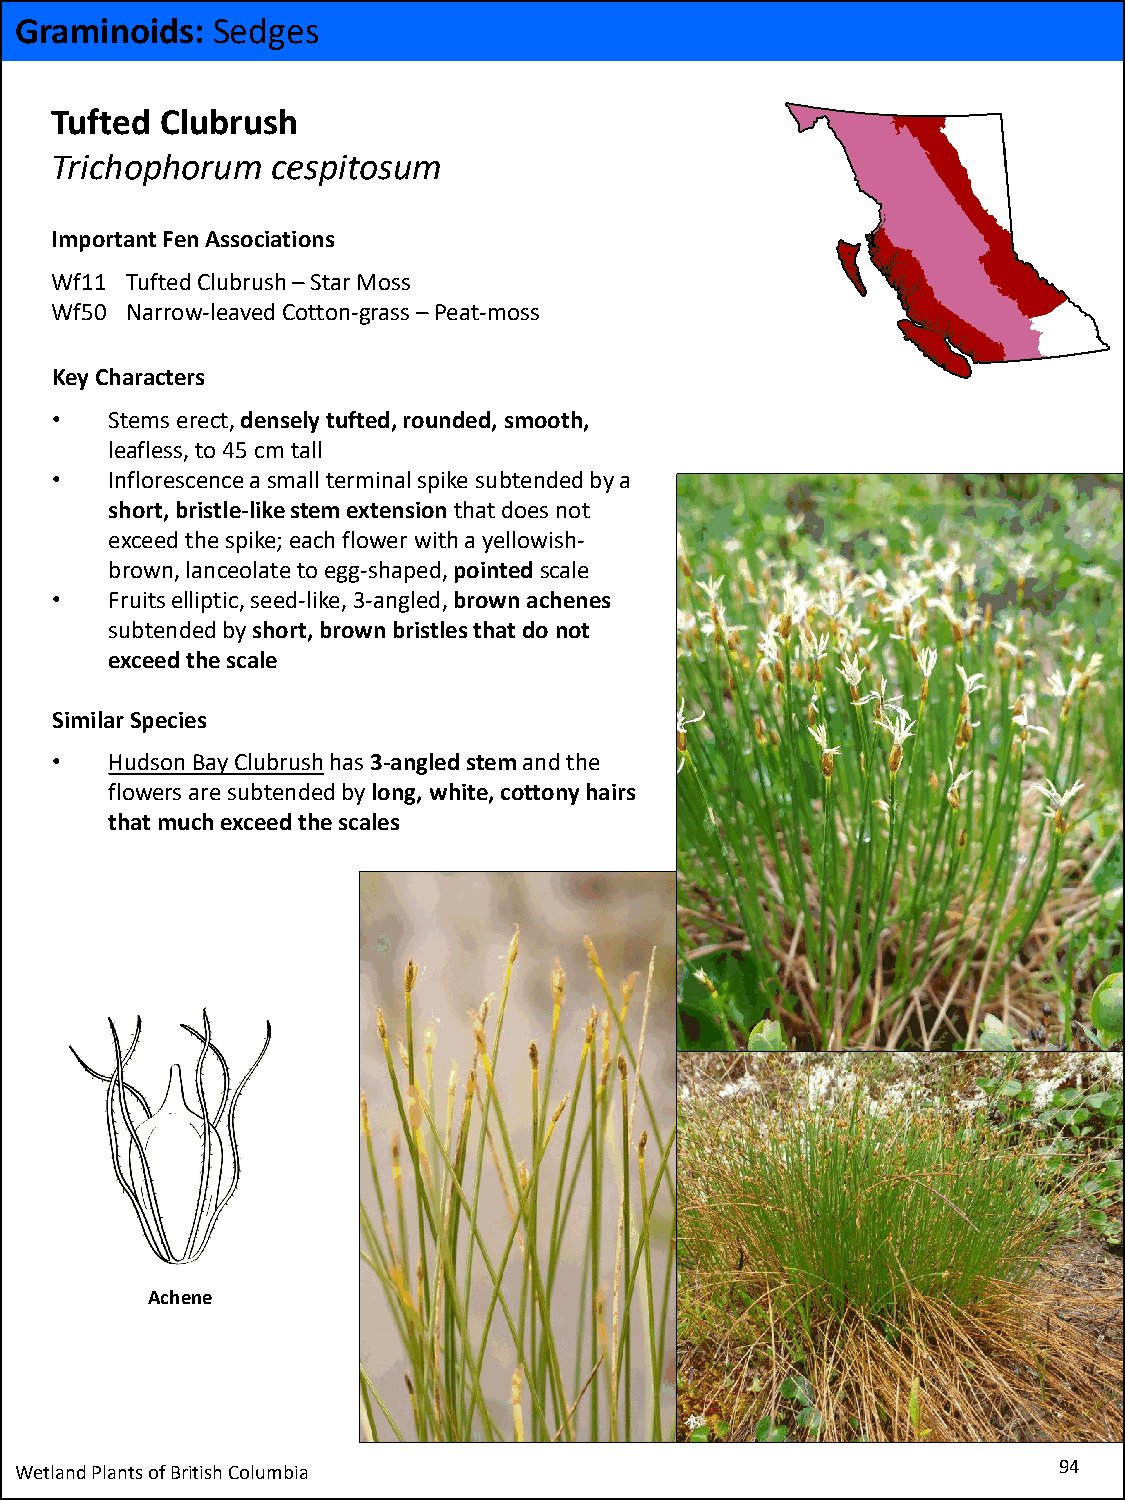
Graminoids:  Sedges
 Tufted  Clubrush
 Trichophorum   cespitosum
 Important Fen Associations
 Wf11 Tufted Clubrush–Star Moss
 Wf50 Narrow-leaved Cotton-grass –Peat-moss
 Key Characters
 •   Stems erect, densely tufted, rounded, smooth,
 leafless, to 45 cm tall
 •   Inflorescence a small terminal spike subtended by a
 short, bristle-like stem extensionthat does not
 exceed the spike; each flower with a yellowish-
 brown, lanceolate to egg-shaped, pointed scale
 •   Fruits elliptic, seed-like, 3-angled, brown achenes
 subtended by short, brown bristles that do not
 exceed the scale
 Similar Species
 •   Hudson Bay Clubrushhas 3-angled stem and the
 flowers are subtended by long, white, cottony hairs
 that much exceed the scales
 Achene
 Wetland Plants of British Columbia                                   94